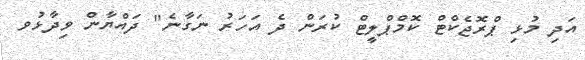
އަދި މުޅި ޕްރޮޖެކްޓް ކޮމްޕްލީޓް ކުރަން ދެ އަހަރު ނަގާނެ" ދައްޔާން ވިދާޅުވ